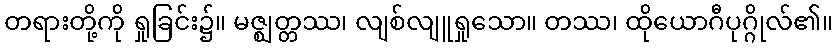
တရားတို့ကို ရှုခြင်း၌။ မဇ္ဈတ္တဿ၊ လျစ်လျူရှုသော။ တဿ၊ ထိုယောဂီပုဂ္ဂိုလ်၏။